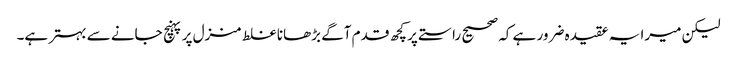
لیکن میرا یہ عقیدہ ضرور ہے کہ صحیح راستے پر کچھ قدم آگے بڑھانا غلط منزل پر پہنچ جانے سے بہتر ہے۔